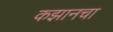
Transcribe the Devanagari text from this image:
कझानचा